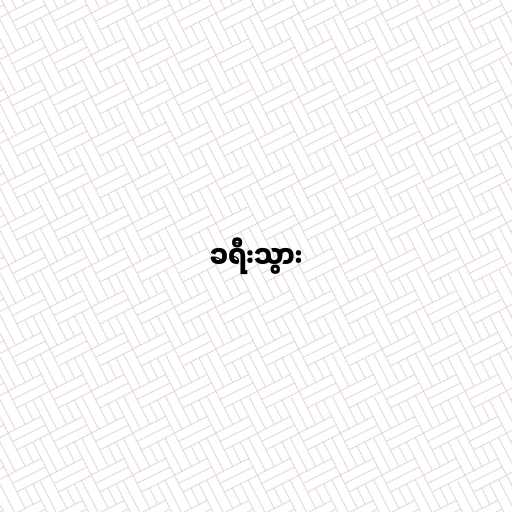
ခရီးသွား